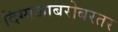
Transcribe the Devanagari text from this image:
दिग्गजाबरोबरतर